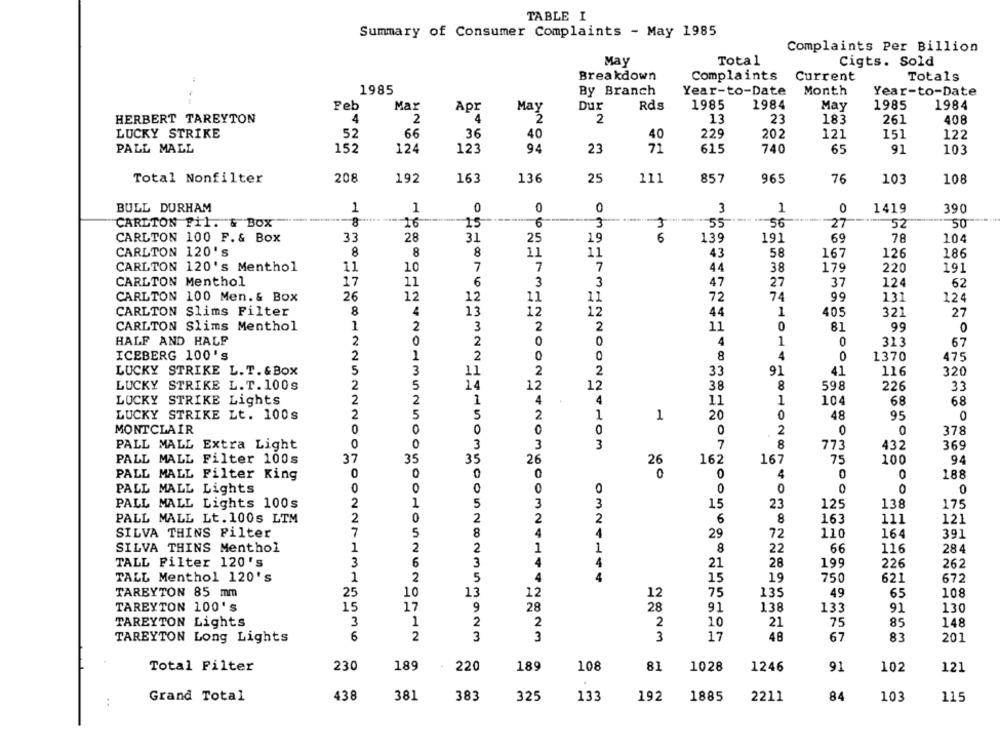
TABLE I
Summary of Consumer Complaints - May 1985
Complaints Per Billion
Total
May
Cigts. Sold
Breakdown
Complaints Current
Totals
1985
Month
By Branch
Year-to-Date
Year-to-Date
Feb
Mar
May
Dur
1985
1984
May
1985
1984
Apr
Rds
HERBERT TAREYTON
4
2
4
-2
2
13
23
183
261
408
LUCKY STRIKE
52
66
36
40
229
202
121
151
122
40
PALL MALL
152
124
123
94
23
71
615
740
65
91
103
Total Nonfilter
208
192
163
136
25
111
857
965
76
10
108
BULL DURHAM
1
1
0
0
0
3
1
0
1419
390
CARLTON Fil. & BOX
8
16
15
6
3
3
55
-56
27
52
50
CARLTON 100 F. & Box
33
28
31
25
19
6
139
191
69
78
104
CARLTON 120's
8
8
8
11
11
43
58
167
126
186
CARLTON 120's Menthol
11
10
7
7
7
44
38
179
220
191
CARLTON Menthol
17
11
6
3
3
47
27
37
124
62
CARLTON 100 Men. & Box
26
12
12
11
11
72
74
99
131
124
CARLTON Slims Filter
8
13
12
12
44
1
405
321
27
CARLTON Slims Menthol
1
2
3
2
2
11
0
81
99
0
HALF AND HALF
2
0
2
0
0
4
1
313
67
ICEBERG 100's
2
1
2
0
0
8
4
0
1370
475
LUCKY STRIKE L. T. & Box
5
3
11
2
2
33
91
41
116
320
LUCKY STRIKE L. T. 100s
2
5
14
12
12
38
8
598
226
33
LUCKY STRIKE Lights
2
1
4
4
11
1
104
68
68
LUCKY STRIKE Lt. 100s
2
5
5
2
1
1
20
0
48
95
0
MONTCLAIR
0
0
0
0
0
2
0
0
378
PALL MALL Extra Light
0
0
3
3
3
7
8
773
432
369
37
PALL MALL Filter 100s
35
35
26
26
162
167
75
100
94
0
0
0
PALL MALL Filter King
0
0
4
0
188
0
0
0
0
0
0
0
0
PALL MALL Lights
0
2
1
3
3
PALL MALL Lights 100s
5
15
23
125
138
175
2
0
2
2
2
PALL MALL Lt. 100s LTM
6
8
163
111
121
SILVA THINS Filter
7
5
8
4
4
29
110
72
164
391
SILVA THINS Menthol
1
2
2
1
1
8
22
66
116
284
TALL Filter 120's
3
6
4
4
28
21
199
226
262
TALL Menthol 120's
1
2
4
19
15
750
621
672
TARBYTON 85 mm
25
10
13
12
75
49
65
12
135
108
TAREYTON 100's
15
17
9
28
28
91
138
133
91
130
TAREYTON Lights
3
1
2
10
21
75
85
148
2
6
2
3
3
3
17
48
67
83
TAREYTON Long Lights
201
Total Filter
230
189
220
189
108
81
1028
1246
91
102
121
Grand Total
438
381
383
325
133
192
1885
2211
84
103
115